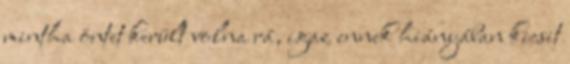
mintha öntet került volna rá, igaz ennek hiányában kicsit